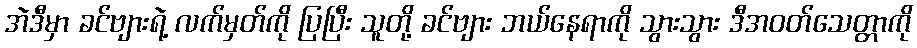
အဲဒီမှာ ခင်ဗျားရဲ့ လက်မှတ်ကို ပြပြီး သူတို့ ခင်ဗျား ဘယ်နေရာကို သွားသွား ဒီအဝတ်သေတ္တာကို